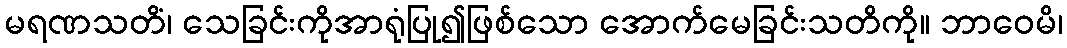
မရဏသတိံ၊ သေခြင်းကိုအာရုံပြု၍ဖြစ်သော အောက်မေခြင်းသတိကို။ ဘာဝေမိ၊